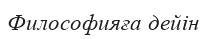
Философияға дейін